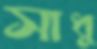
সাধু